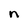
Character: n